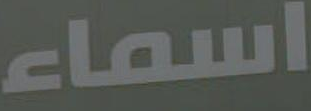
اسماء